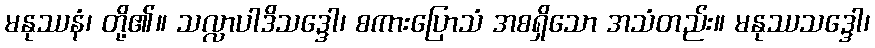
မနုဿနံ၊ တို့၏။ သလ္လာပါဒိသဒ္ဒေါ၊ စကားပြောသံ အစရှိသော အသံတည်း။ မနုဿသဒ္ဒေါ၊